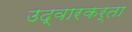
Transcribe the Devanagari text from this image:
उद्वारकर्ता